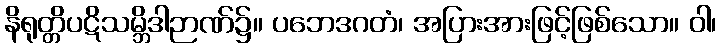
နိရုတ္တိပဋိသမ္ဘိဒါဉာဏ်၌။ ပဘေဒဂတံ၊ အပြားအားဖြင့်ဖြစ်သော။ ဝါ၊